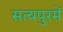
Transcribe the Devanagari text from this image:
सत्यपुरमें